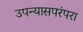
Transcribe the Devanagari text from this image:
उपन्यासपरंपरा